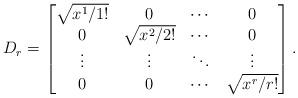
LaTeX: \begin{align*}D_r = \begin{bmatrix}\sqrt{x^1/1!} & 0 & \cdots & 0 \\ 0 & \sqrt{x^2/2!} & \cdots & 0 \\ \vdots & \vdots & \ddots & \vdots \\ 0 & 0 & \cdots & \sqrt{x^r/r!} \end{bmatrix}.\end{align*}